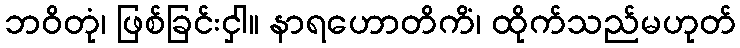
ဘဝိတုံ၊ ဖြစ်ခြင်းငှါ။ နာရဟောတိကိံ၊ ထိုက်သည်မဟုတ်